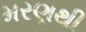
મરણથી